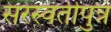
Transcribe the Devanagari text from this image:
सरस्वतीपुत्र